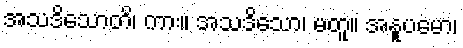
အသဒိသောတိ၊ ကား။ အသဒိသော၊ မတူ။ အနူပမော၊